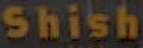
Shish